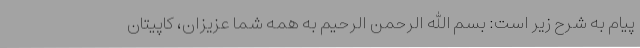
پیام به شرح زیر است: بسم الله الرحمن الرحیم به همه شما عزیزان، کاپیتان